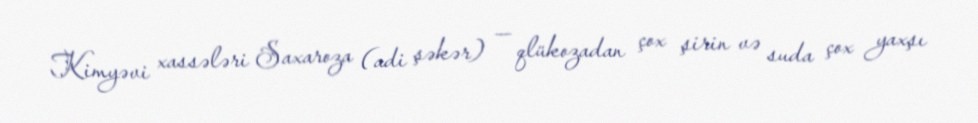
Kimyəvi xassələri Saxaroza (adi şəkər) — qlükozadan çox şirin və suda çox yaxşı